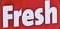
Fresh